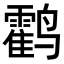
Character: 𬸰